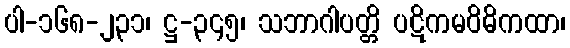
ပါ-၁၆၈-၂၃၁၊ ဋ္ဌ-၃၄၅၊ သဘာဂါပတ္တိ ပဋိကမဝိဓိကထာ၊